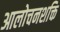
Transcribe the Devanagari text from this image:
आलोचनशक्ति